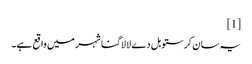
[1]
یہ سان کرستوبل دے لا لاگنا شہر میں واقع ہے۔